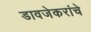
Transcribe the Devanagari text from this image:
डावजेकरांचे